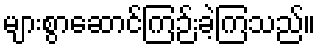
များစွာဆောင်ကြဉ်းခဲ့ကြသည်။